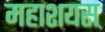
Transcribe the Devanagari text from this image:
महाशयस